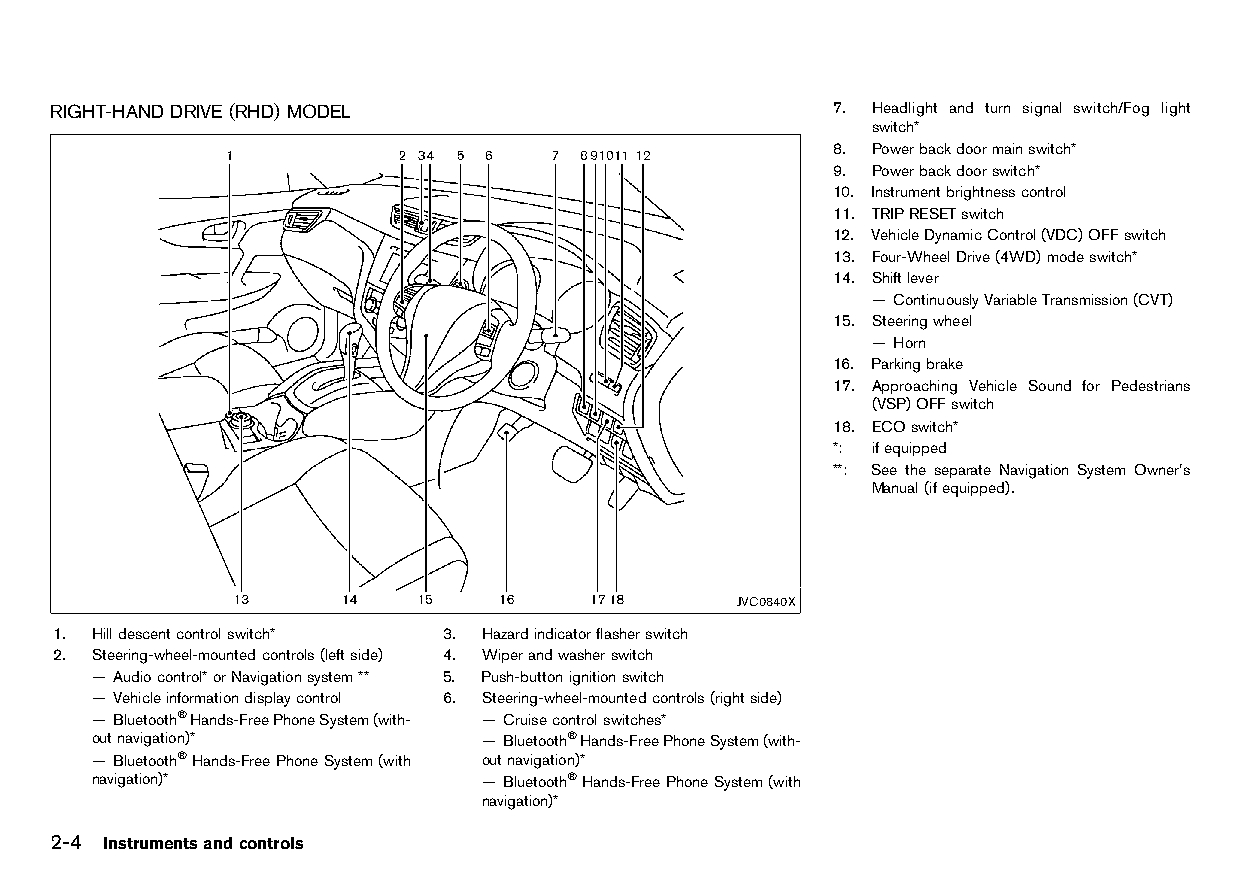
(64,1)
 RIGHT-HANDDRIVE (RHD) MODEL                         7. Headlight and turn signal switch/Fog light
 HT32A1-555A750C-36EE-4830-8EF4-2CFBC008F6BC    switch*
 8. Powerbackdoormainswitch*
 9. Powerbackdoorswitch*
 10. Instrumentbrightnesscontrol
 11. TRIPRESETswitch
 12. VehicleDynamicControl(VDC)OFFswitch
 13. Four-WheelDrive(4WD)modeswitch*
 14. Shiftlever
 — ContinuouslyVariableTransmission(CVT)
 15. Steeringwheel
 — Horn
 16. Parkingbrake
 17. Approaching Vehicle Sound for Pedestrians
 (VSP)OFFswitch
 18. ECOswitch*
 *: ifequipped
 **: See the separate Navigation System Owner’s
 Manual(ifequipped).
 JVC0840X
 1. Hilldescentcontrolswitch* 3. Hazardindicatorflasherswitch
 2. Steering-wheel-mountedcontrols(leftside) 4. Wiperandwasherswitch
 — Audiocontrol*orNavigationsystem** 5. Push-buttonignitionswitch
 — Vehicleinformationdisplaycontrol 6. Steering-wheel-mountedcontrols(rightside)
 — Bluetooth®Hands-FreePhoneSystem(with- — Cruisecontrolswitches*
 outnavigation)*           — Bluetooth®Hands-FreePhoneSystem(with-
 — Bluetooth®Hands-FreePhoneSystem(with outnavigation)*
 navigation)*              — Bluetooth®Hands-FreePhoneSystem(with
 navigation)*
 2-4 Instrumentsandcontrols
 Condition:                        [Edit:2015/8/24 Model: HT32-A]